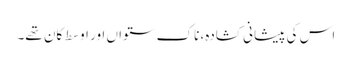
اس کی پیشانی کشادہ، ناک ستواں اور اوسط کان تھے۔